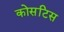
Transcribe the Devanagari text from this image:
कोसटिस